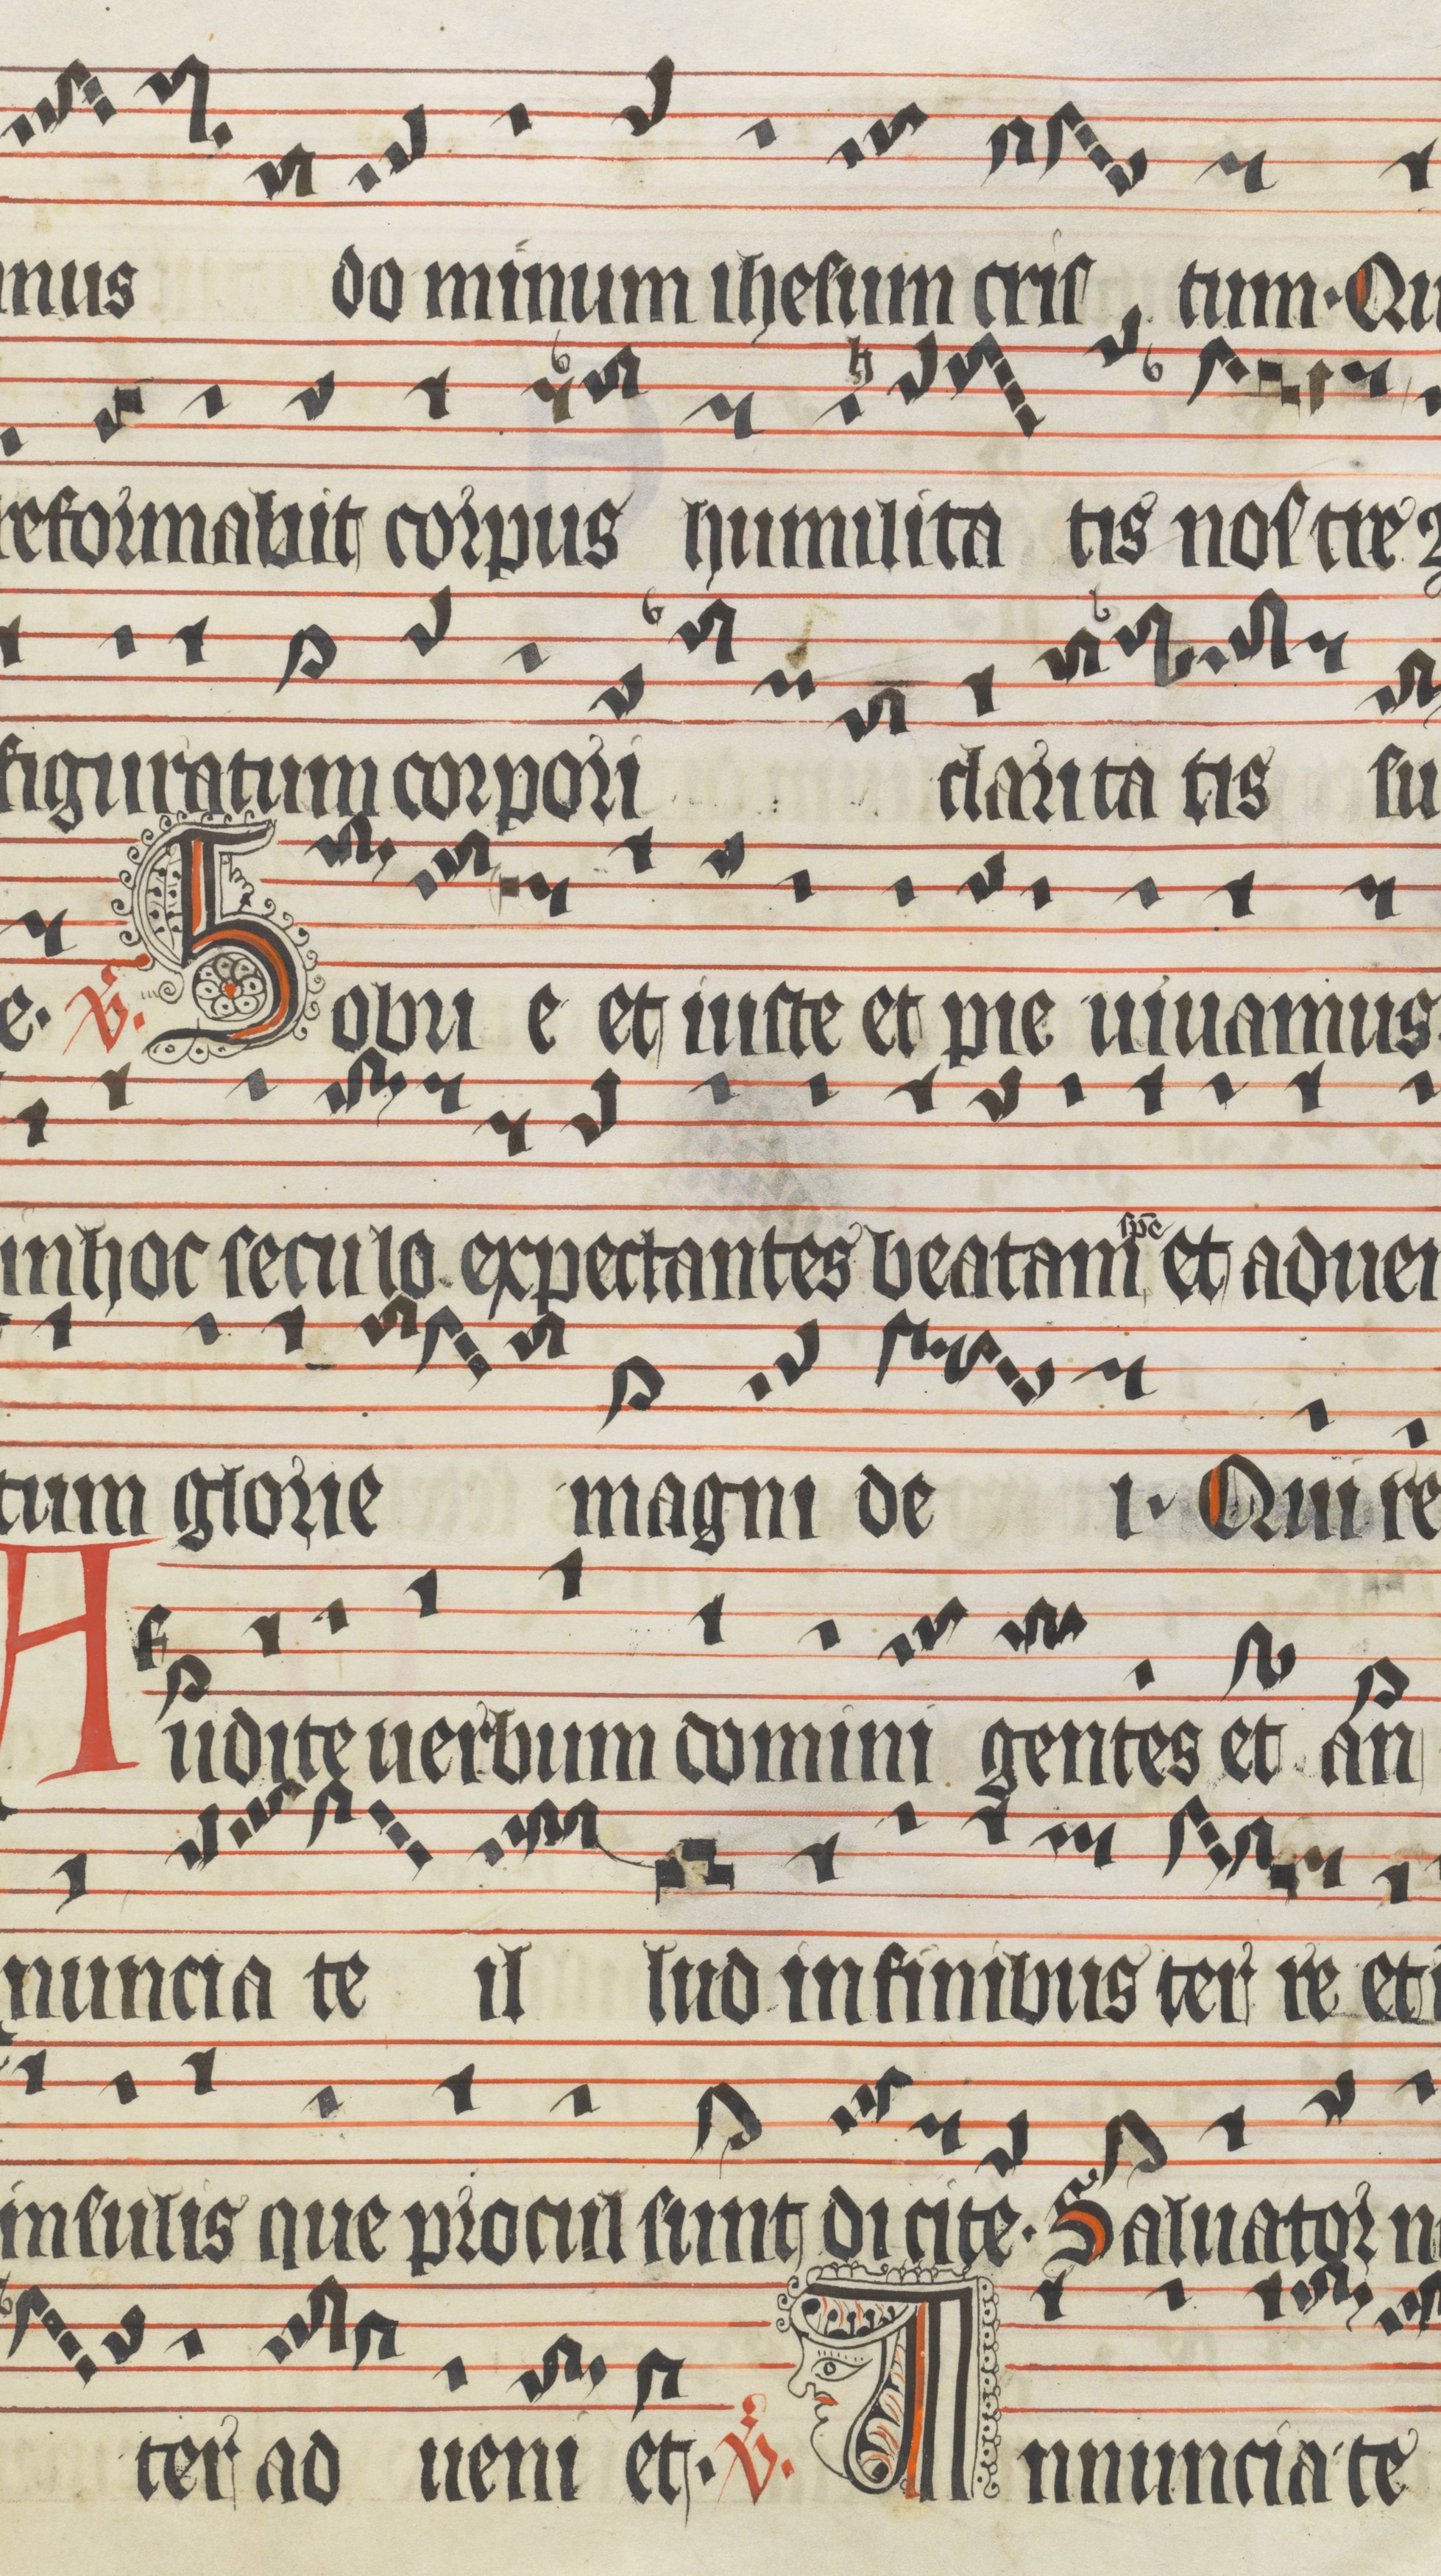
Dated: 1400–1499